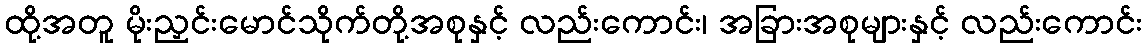
ထို့အတူ မိုးညှင်းမောင်သိုက်တို့အစုနှင့် လည်းကောင်း၊ အခြားအစုများနှင့် လည်းကောင်း